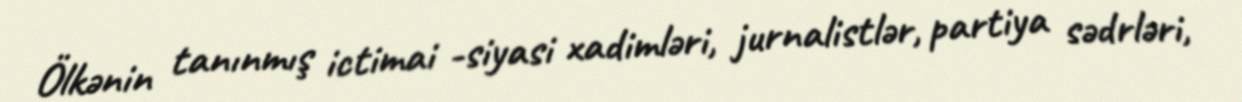
Ölkənin tanınmış ictimai -siyasi xadimləri, jurnalistlər, partiya sədrləri,